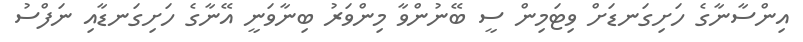
އިންސާނާގެ ހަށިގަނޑަށް ވިޓަމިން ސީ ބޭނުންވާ މިންވަރު ބިނާވަނީ އޭނާގެ ހަށިގަނޑާއި ނަފްސު